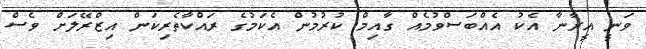
ވަނީ އީރާނާ އެކު އެއްބަސްވުމެއް ގާއިމް ކުރުމުން އެކަމުގެ ރައްކާތެރިކަން އިޒްރޭލަށް ވެސް